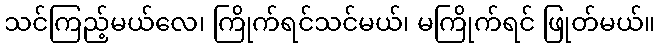
သင်ကြည့်မယ်လေ၊ ကြိုက်ရင်သင်မယ်၊ မကြိုက်ရင် ဖြုတ်မယ်။